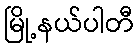
မြို့နယ်ပါတီ